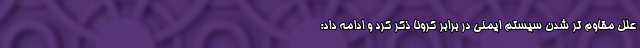
علل مقاوم تر شدن سیستم ایمنی در برابر کرونا ذکر کرد و ادامه داد: